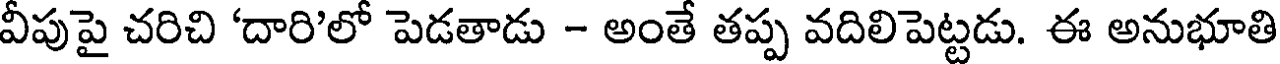
వీపుపై చరిచి 'దారి'లో పెడతాడు - అంతే తప్ప వదిలిపెట్టడు. ఈ అనుభూతి